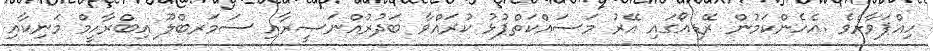
ހިއްޕަވާށެވެ .އެހެންކަމުން ރޭޑިއޯގައި އޭރު މަސައްކަތްޕުޅު ކުރައްވާ ބަދުރުއްނަޞީރާއި ސަމަރބްލޫ އިބްރާހީމް މަނިކާއި